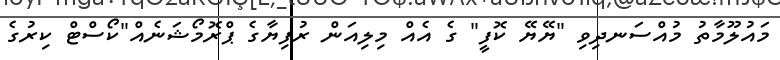
މައުލޫމާތު މުއްސަނދިވި "ޔޭޔޭ ކޮފީ" ގެ އެއް މިލިއަން ރުފިޔާގެ ޕްރޮމޯޝަނެއް"ކޯސްޓް ކިރުގެ